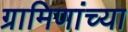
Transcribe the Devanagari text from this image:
ग्रामिणांच्या